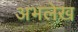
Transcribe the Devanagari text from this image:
अभलेख